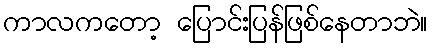
ကာလကတော့ ပြောင်းပြန်ဖြစ်နေတာဘဲ။